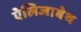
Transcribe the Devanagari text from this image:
ऐलिजाबेथ